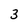
Character: 3